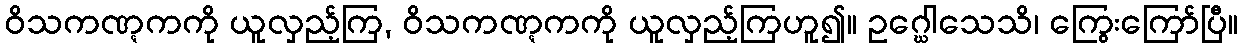
ဝိသကဏ္ဋကကို ယူလှည့်ကြ, ဝိသကဏ္ဋကကို ယူလှည့်ကြဟူ၍။ ဥဂ္ဃေါသေသိ၊ ကြွေးကြော်ပြီ။